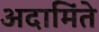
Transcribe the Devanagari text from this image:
अदामिंते